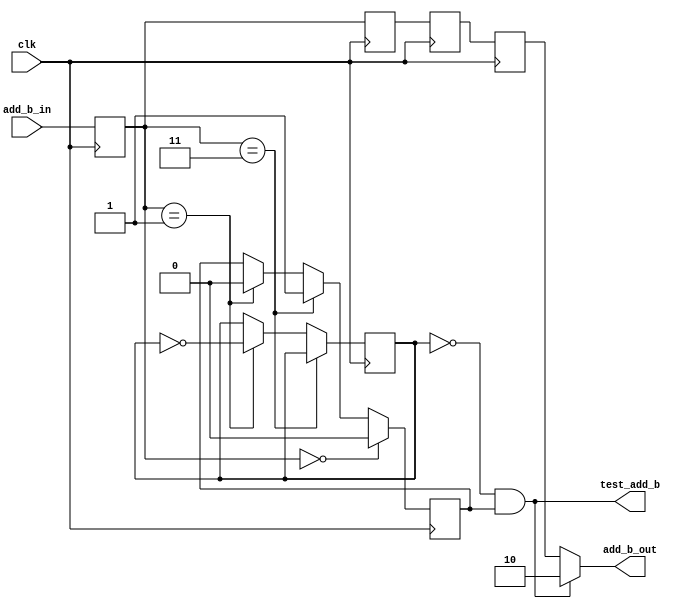
module hdb3_add_b(
  input clk,
  input [1:0]add_b_in,
  output [1:0]add_b_out,
  output wire test_add_b
);

parameter HDB3_0 = 2'B00; 
parameter HDB3_1 = 2'B01; 
parameter HDB3_V = 2'B11; 
parameter HDB3_B = 2'B10; 

reg v_occur=0;
reg v_occur_2=0;
reg enen=0;
reg [1:0] d[3:0];
always @(posedge clk) begin
  d[3]<=d[2];
  d[2]<=d[1];
  d[1]<=d[0];
  d[0]<=add_b_in;
end

always @(posedge clk)begin
  if(d[0]==2'b11) begin//if times of V is even 
    v_occur<=1;
  end
  else if(d[0]==2'b01) begin
    enen<=~enen;
	 v_occur<=0;
//    firstv<=1;
  end
  if (d[0]==2'b00)begin
		v_occur<=0;
  end
//    firstv<=1;
end
assign test_add_b = !enen && (v_occur==1);
assign add_b_out=!enen && (v_occur==1) ? 2'b10 : d[3];

endmodule